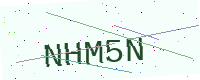
Text: NHM5N